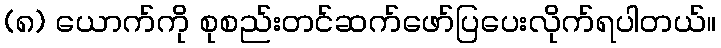
(၈) ယောက်ကို စုစည်းတင်ဆက်ဖော်ပြပေးလိုက်ရပါတယ်။